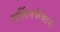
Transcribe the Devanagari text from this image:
बर्लिनफॅक्टरी